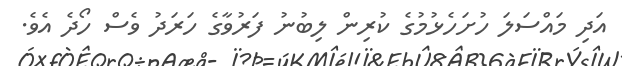
އަދި މައްސަލަ ހުށަހެޅުމުގެ ކުރިން ލިބުނު ފަރުވާގެ ހަރަދު ވެސް ހޯދެ އެވެ.